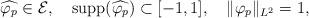
LaTeX: \begin{align*}\widehat{\varphi_p}\in\mathcal{E}, \quad\mathrm{supp}(\widehat{\varphi_p})\subset[-1,1], \quad\|\varphi_p\|_{L^2}=1,\end{align*}